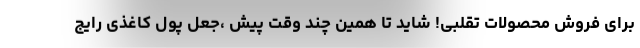
برای فروش محصولات تقلبی! شاید تا همین چند وقت پیش ،جعل پول کاغذی رایج